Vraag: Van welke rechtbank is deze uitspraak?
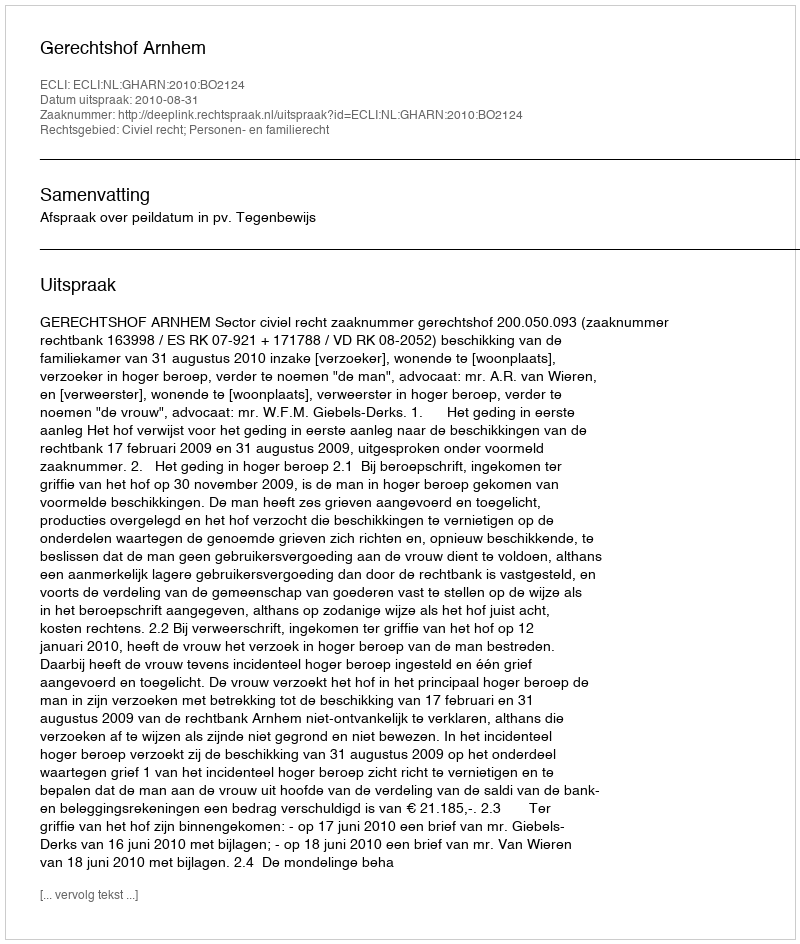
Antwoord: Gerechtshof Arnhem